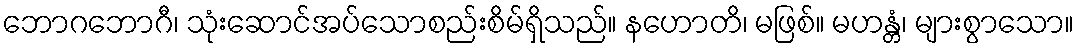
ဘောဂဘောဂီ၊ သုံးဆောင်အပ်သောစည်းစိမ်ရှိသည်။ နဟောတိ၊ မဖြစ်။ မဟန္တံ၊ များစွာသော။